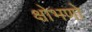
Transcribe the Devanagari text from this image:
क्षोभणो